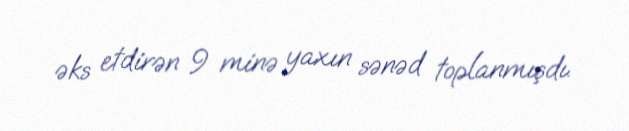
əks etdirən 9 minə yaxın sənəd toplanmışdı.